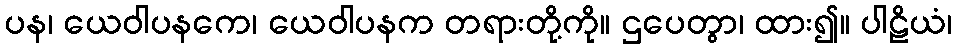
ပန၊ ယေဝါပနကေ၊ ယေဝါပနက တရားတို့ကို။ ဌပေတွာ၊ ထား၍။ ပါဠိယံ၊